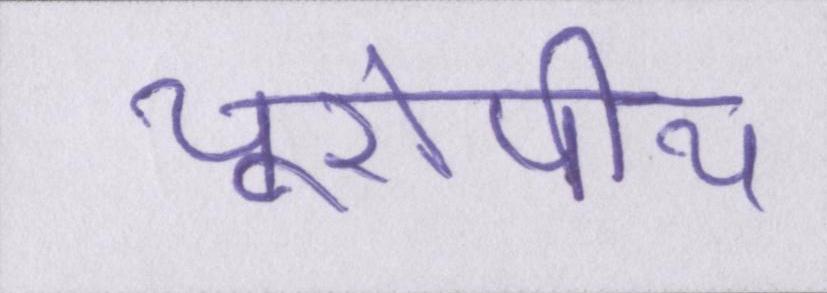
यूरोपीय